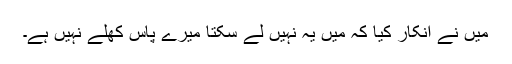
میں نے انکار کیا کہ میں یہ نہیں لے سکتا میرے پاس کھلے نہیں ہے۔